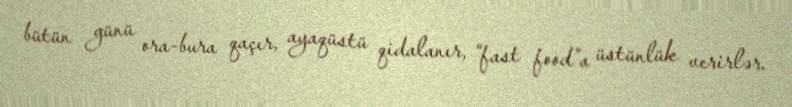
bütün günü ora-bura qaçır, ayaqüstü qidalanır, “fast food”a üstünlük verirlər.